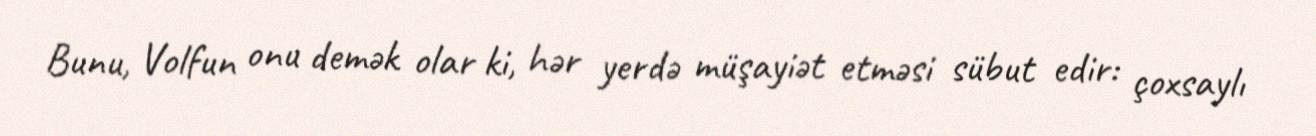
Bunu, Volfun onu demək olar ki, hər yerdə müşayiət etməsi sübut edir: çoxsaylı